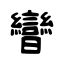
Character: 曫